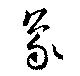
象